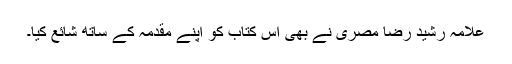
علامہ رشید رضا مصری نے بھی اس کتاب کو اپنے مقدمہ کے ساتھ شائع کیا۔